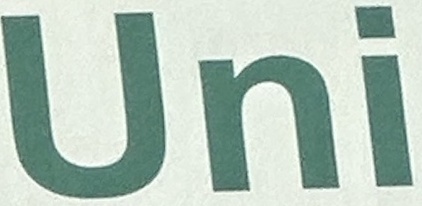
UNI